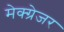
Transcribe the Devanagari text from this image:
मेक्ग्रेजर